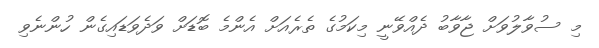
މި ސުވާލުވަށް ޖާވާބު ދެއްވޭނީ މިކަމުގެ ތެރެއަށް އެންމެ ބޮޑަށް ވަދެވަޑައިގެން ހުންނެވި